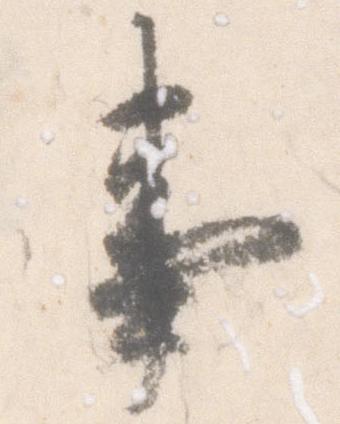
事